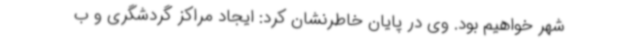
شهر خواهیم بود. وی در پایان خاطرنشان کرد: ایجاد مراکز گردشگری و ب